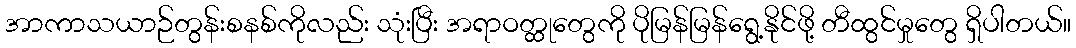
အာကာသယာဉ်တွန်းစနစ်ကိုလည်း သုံးပြီး အရာဝတ္ထုတွေကို ပိုမြန်မြန်ရွေ့နိုင်ဖို့ တီထွင်မှုတွေ ရှိပါတယ်။